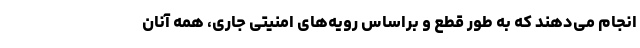
انجام می‌دهند که به طور قطع و براساس رویه‌های امنیتی جاری، همه آنان